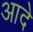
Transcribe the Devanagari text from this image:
आदे